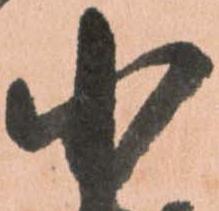
小